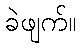
ခဲဖျက်။